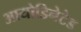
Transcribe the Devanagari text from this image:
आयोडिनेटेड